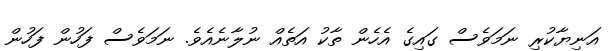
އަނިޔާކުރި ނަމަވެސް ގައިގެ އެހެން ތާކު އަތެއް ނުލާނެއެވެ. ނަމަވެސް ފަހުން ފަހުން